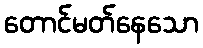
တောင်မတ်နေသော